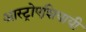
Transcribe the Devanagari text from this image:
आस्ट्रोएशियायी